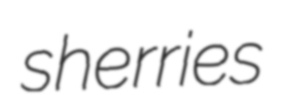
sherries